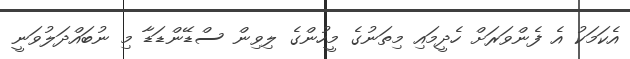
އެކަމަކު އެ ފެންވަރަށް ހެދީމައި މިތަނުގެ މީހުންގެ ލިވިން ސްޑޭންޑަޑާ މި ނުބައްދަލުވަނީ